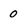
Character: 0